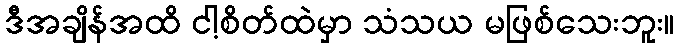
ဒီအချိန်အထိ ငါ့စိတ်ထဲမှာ သံသယ မဖြစ်သေးဘူး။